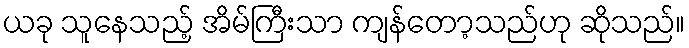
ယခု သူနေသည့် အိမ်ကြီးသာ ကျန်တော့သည်ဟု ဆိုသည်။